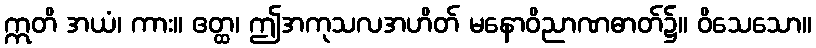
ဣတိ အယံ၊ ကား။ ဧတ္ထ၊ ဤအကုသလအဟိတ် မနောဝိညာဏဓာတ်၌။ ဝိသေသော။